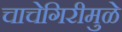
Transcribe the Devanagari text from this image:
चाचेगिरीमुळे